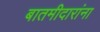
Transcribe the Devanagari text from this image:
बातमीदारांना